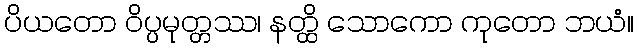
ပိယတော ဝိပ္ပမုတ္တဿ၊ နတ္ထိ သောကော ကုတော ဘယံ။